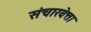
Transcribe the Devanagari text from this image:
संचारवेत्ता